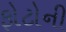
ફોટોની